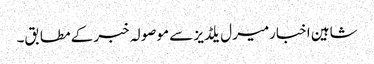
شاہین اخبارمیرل یلڈیز سے موصولہ خبر کے مطابق۔